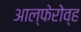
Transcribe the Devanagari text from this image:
आल्फेरोव्ह